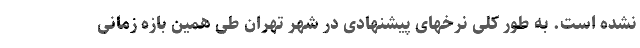
نشده است. به طور کلی نرخهای پیشنهادی در شهر تهران طی همین بازه زمانی